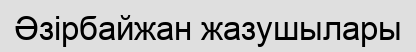
Әзірбайжан жазушылары